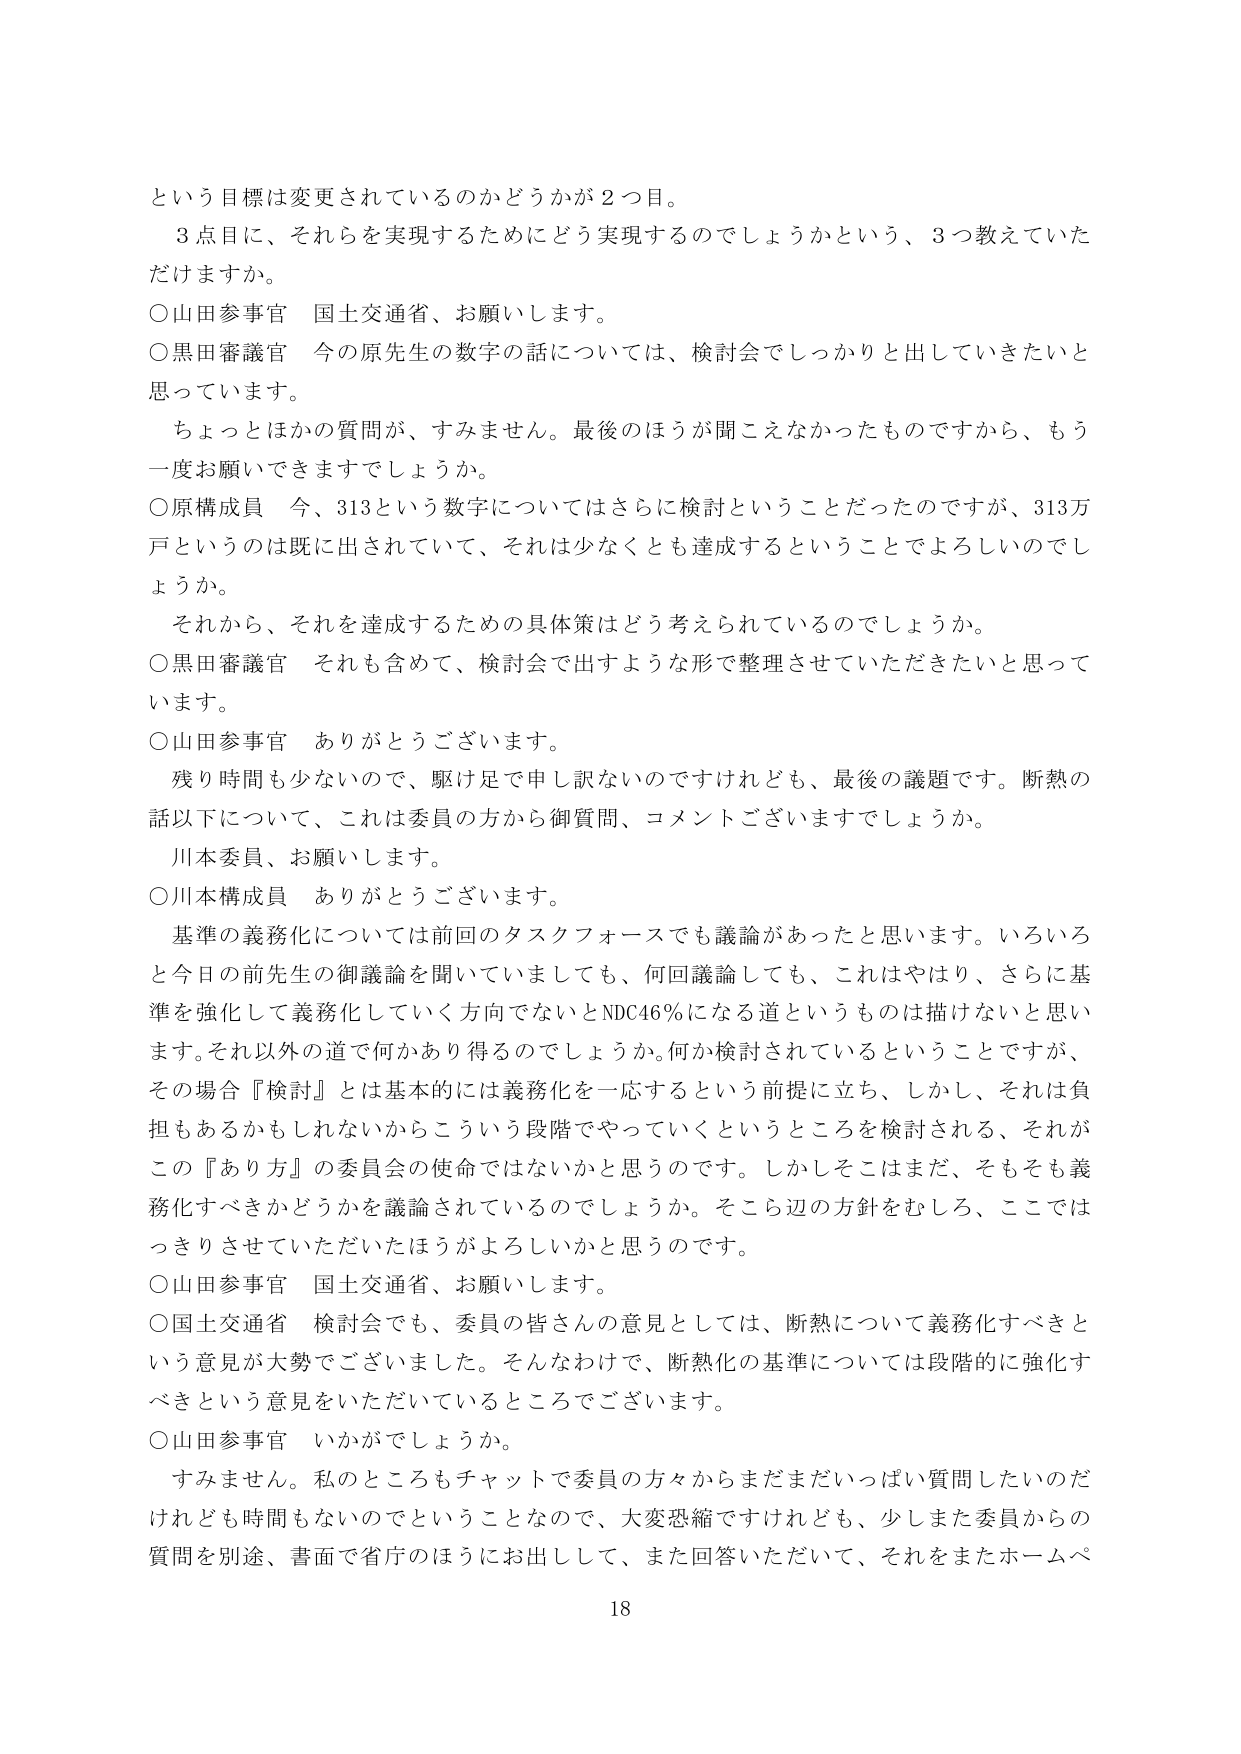
という目標は変更されているのかどうかが２つ目。

３点目に、それらを実現するためにどう実現するのでしょうかという、３つ教えていただけますか。

○山田参事官　国土交通省、お願いします。

○黒田審議官　今の原先生の数字の話については、検討会でしっかりと出していきたいと思っています。

　ちょっとほかの質問が、すみません。最後のほうが聞こえなかったものですから、もう一度お願いできますでしょうか。

○原構成員　今、313という数字についてはさらに検討ということだったのですが、313万戸というのは既に出されていて、それは少なくとも達成するということではよろしいでしょうか。

　それから、それを達成するための具体策はどう考えられているのでしょうか。

○黒田審議官　それも含めて、検討会で出すような形で整理させていただきたいと思っています。

○山田参事官　ありがとうございます。

　残り時間も少ないので、駆け足で申し訳ないのですけれども、最後の議題です。断熱の話以下について、これは委員の方から御質問、コメントございますでしょうか。

　川本委員、お願いします。

○川本構成員　ありがとうございます。

　基準の義務化については前回のタスクフォースでも議論があったと思います。いろいろと今日の前先生の御議論を聞いていましても、何回議論しても、これはやはり、さらに基準を強化して義務化していく方向でないとNDC46％になる道というものは描けないと思います。それ以外の道で何かあり得るのでしょうか。何か検討されているということですが、その場合『検討』とは基本的には義務化を一応するという前提に立ち、しかし、それは負担もあるかもしれないからこういう段階でやっていくというところを検討される、それがこの『あり方』の委員会の使命ではないかと思うのです。しかしそこはまだ、そもそも義務化すべきかどうかを議論されているのでしょうか。そこら辺の方針をむしろ、ここではっきりさせていただいたほうがよろしいかと思うのです。

○山田参事官　国土交通省、お願いします。

○国土交通省　検討会でも、委員の皆さんの意見としては、断熱について義務化すべきという意見が大勢ございました。そんなわけで、断熱化の基準については段階的に強化すべきという意見をいただいているところでございます。

○山田参事官　いかがでしょうか。

　すみません。私のところもチャットで委員の方々からまだまだいっぱい質問したいのだけれども時間もないのてということなので、大変恐縮ですけれども、少しまた委員からの質問を別途、書面で省庁のほうにお出しして、また回答いただいて、それをまたホームペ

18